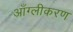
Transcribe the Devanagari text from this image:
आँग्लीकरण